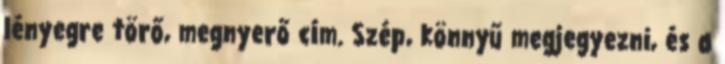
lényegre törő, megnyerő cím. Szép, könnyű megjegyezni, és a